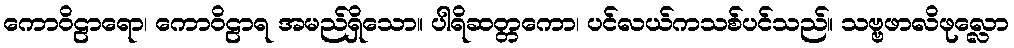
ကောဝိဠာရော၊ ကောဝိဠာရ အမည်ရှိသော။ ပါရိဆတ္တကော၊ ပင်လယ်ကသစ်ပင်သည်။ သဗ္ဗဖာလိဖုလ္လော